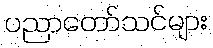
ပညာတော်သင်များ